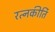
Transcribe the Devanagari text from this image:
रत्‍नकीर्ति